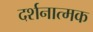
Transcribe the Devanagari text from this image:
दर्शनात्मक